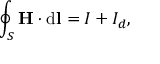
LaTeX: \oint _ { S } \mathbf { H } \cdot \mathrm { { d } } \mathbf { l } = I + I _ { d } , \,